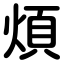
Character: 煩